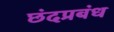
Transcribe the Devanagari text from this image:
छंदप्रबंध